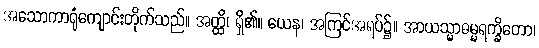
အသောကာရုံကျောင်းတိုက်သည်။ အတ္ထိ၊ ရှိ၏။ ယေန၊ အကြင်အရပ်၌။ အာယသ္မာဓမ္မရက္ခိတော၊